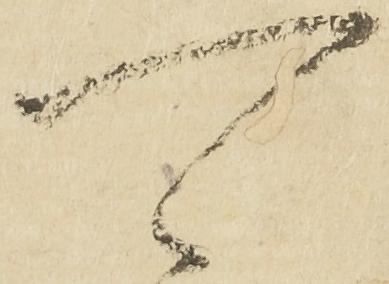
可